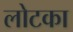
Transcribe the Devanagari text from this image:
लोटका